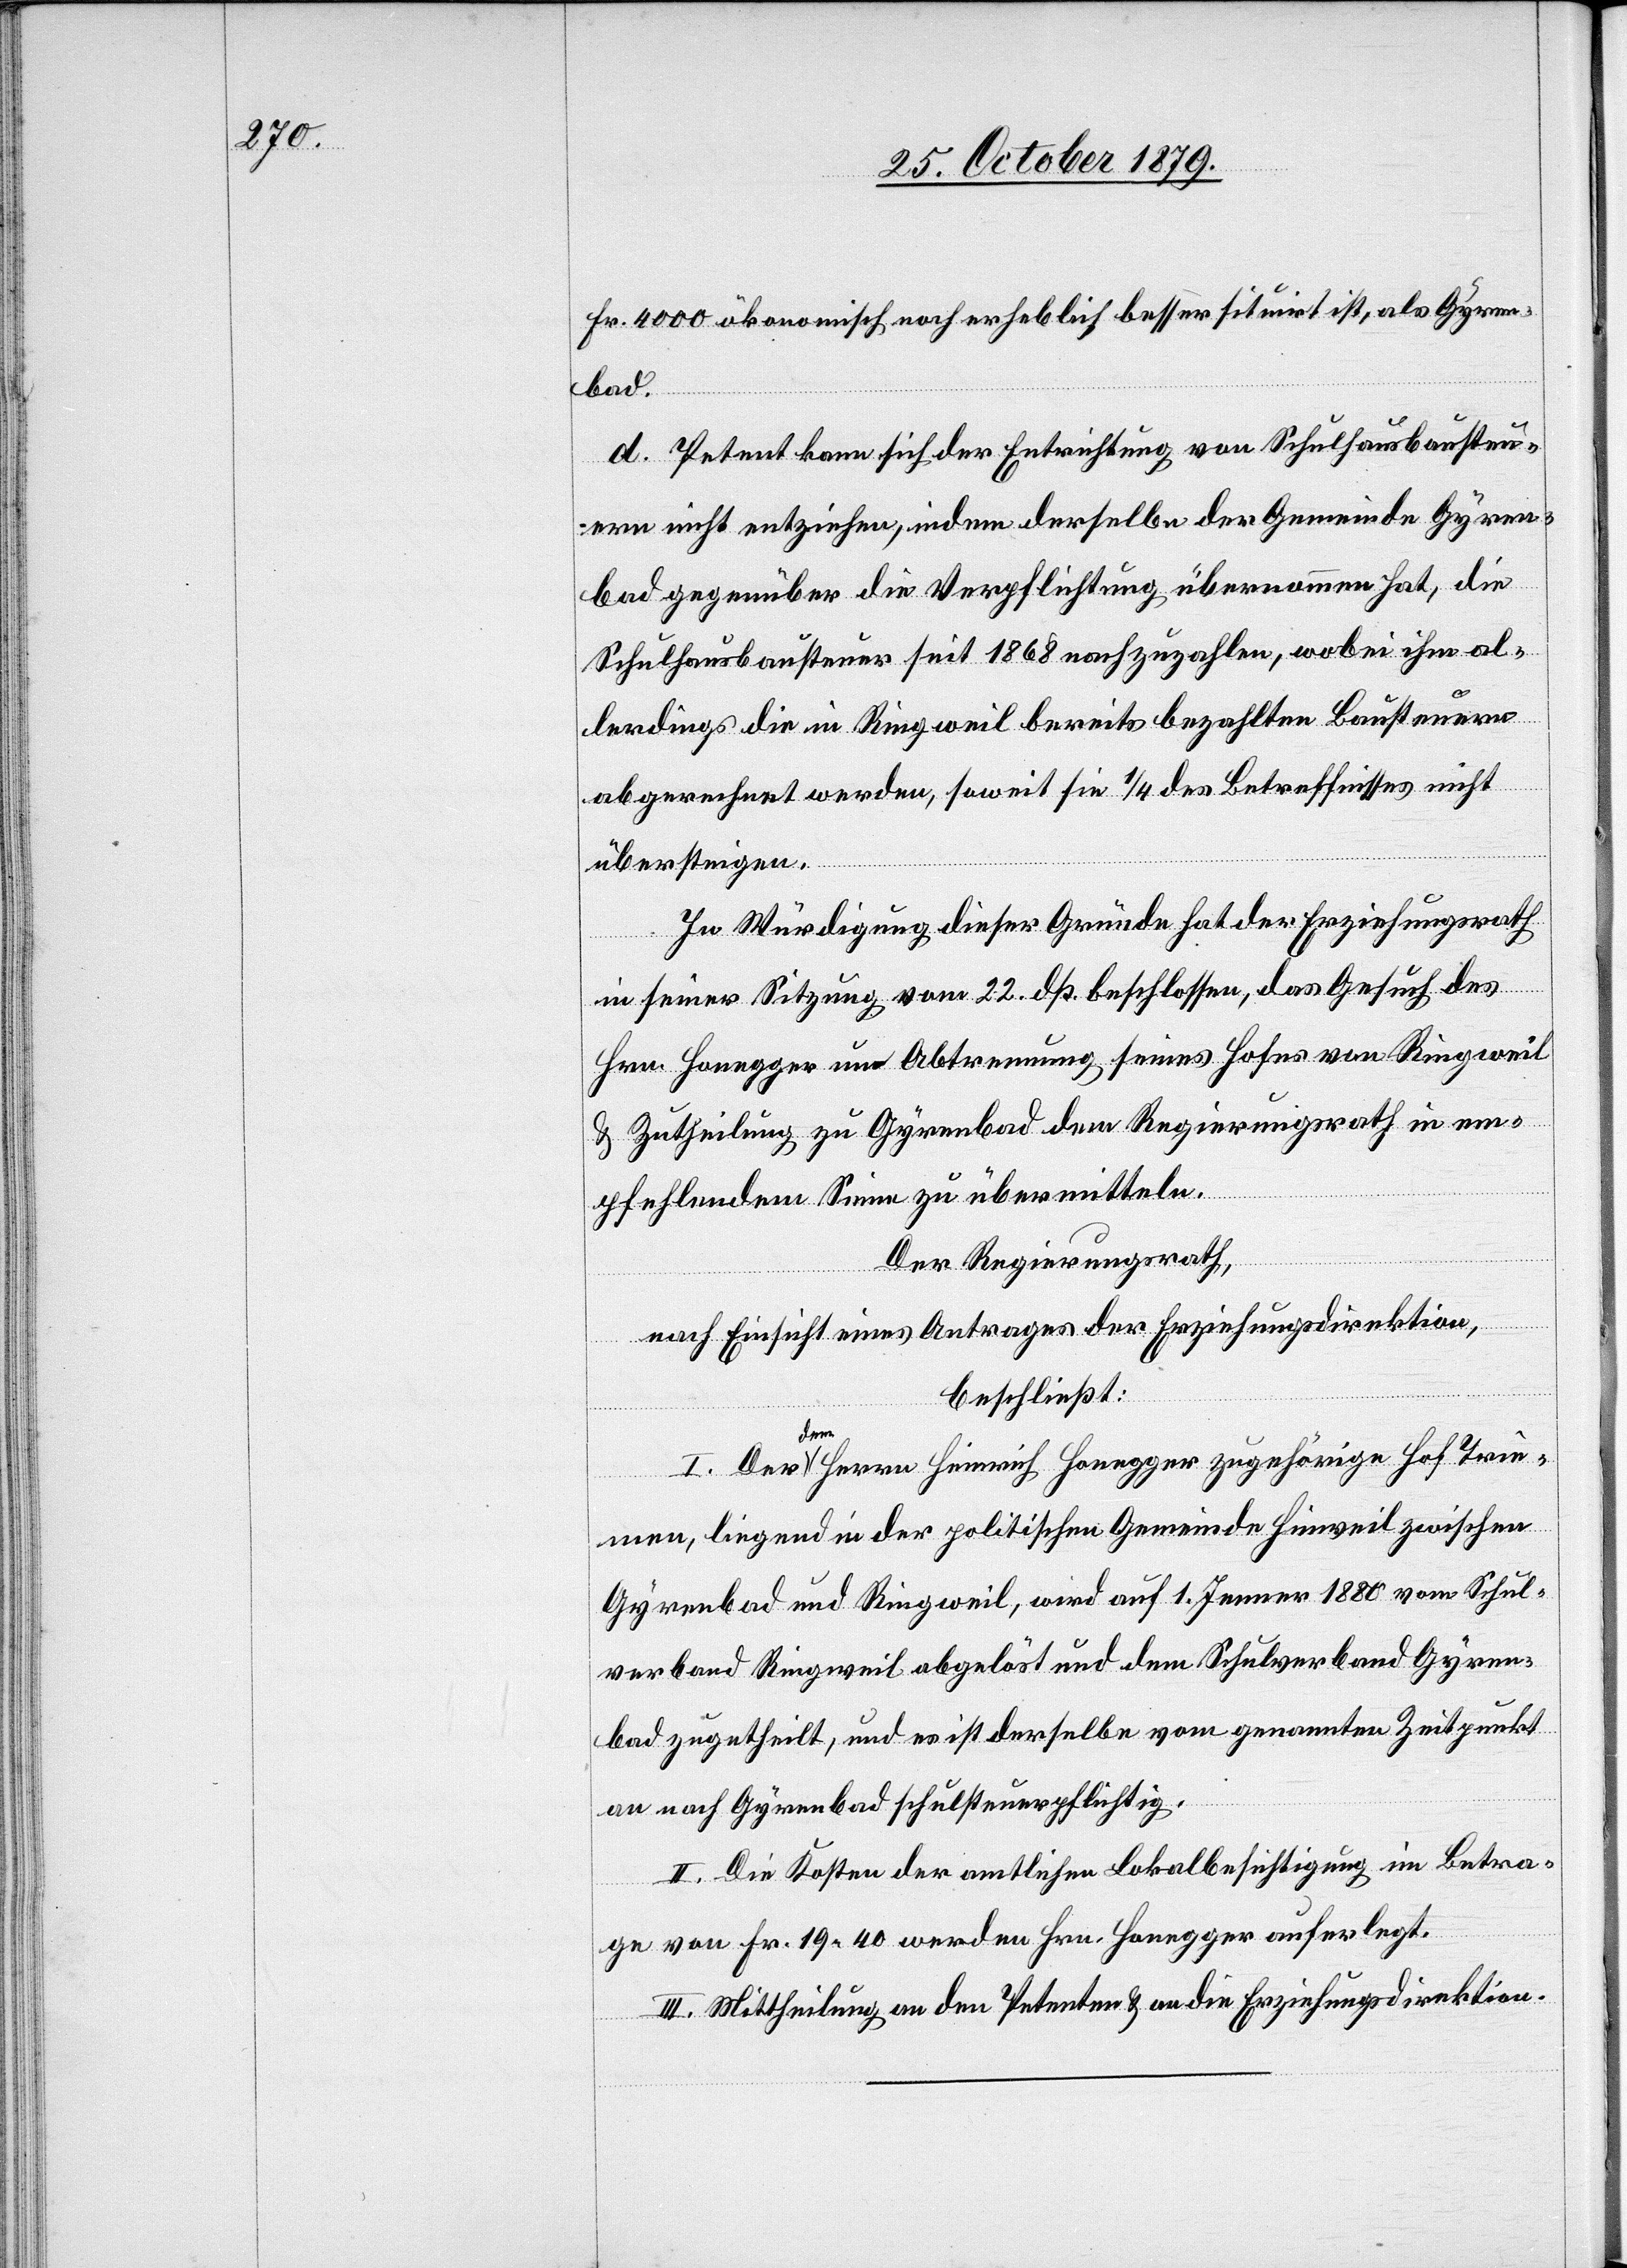
Fr. 4000 ökonomisch noch erheblich besser situirt ist, als Gyren¬
bad.
d. Petent kann sich der Ertheilung von Schulhausbausteu¬
ern nicht entziehen, indem derselbe der Gemeinde Gyren¬
bad gegenüber die Verpflichtung übernommen hat, die
Schulhausbausteuer seit 1868 nachzuzahlen, wobei ihm al¬
lerdings die in Ringweil bereits bezahlten Bausteuern
abgerechnet werden, soweit sie 1/4 des Betreffnisses nicht
übersteigen.
In Würdigung dieser Gründe hat der Erziehungsrath
in seiner Sitzung vom 22. dß. beschlossen, das Gesuch des
Hrn Honegger um Abtrennung seines Hofes von Ringweil
& Zutheilung zu Gyrenbad dem Regierungsrath in em¬
pfehlendem Sinne zu übermitteln.
Der Regierungsrath,
nach Einsicht eines Antrages der Erziehungsdirektion,
beschließt:
I. Der dem Herrn Heinrich Honegger zugehörige Hof Trie¬
men, liegend in der politischen Gemeinde Hinweil zwischen
Gyrenbad und Ringweil, wird auf 1. Jenner 1880 vom Schul¬
verband Ringweil abgelöst und dem Schulverband Gyren¬
bad zugetheilt, und es ist derselbe vom genannten Zeitpunkt
an nach Gyrenbad schulsteuerpflichtig.
II. Die Kosten der amtlichen Lokalbesichtigung im Betra¬
ge von Fr. 19.40 werden Hrn. Honegger auferlegt.
III. Mittheilung an den Petenten & an die Erziehungsdirektion.